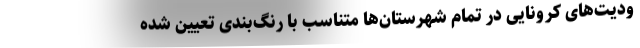
ودیت‌های کرونایی در تمام شهرستان‌ها متناسب با رنگ‌بندی تعیین شده